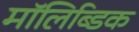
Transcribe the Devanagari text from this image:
मॉलिब्डिक